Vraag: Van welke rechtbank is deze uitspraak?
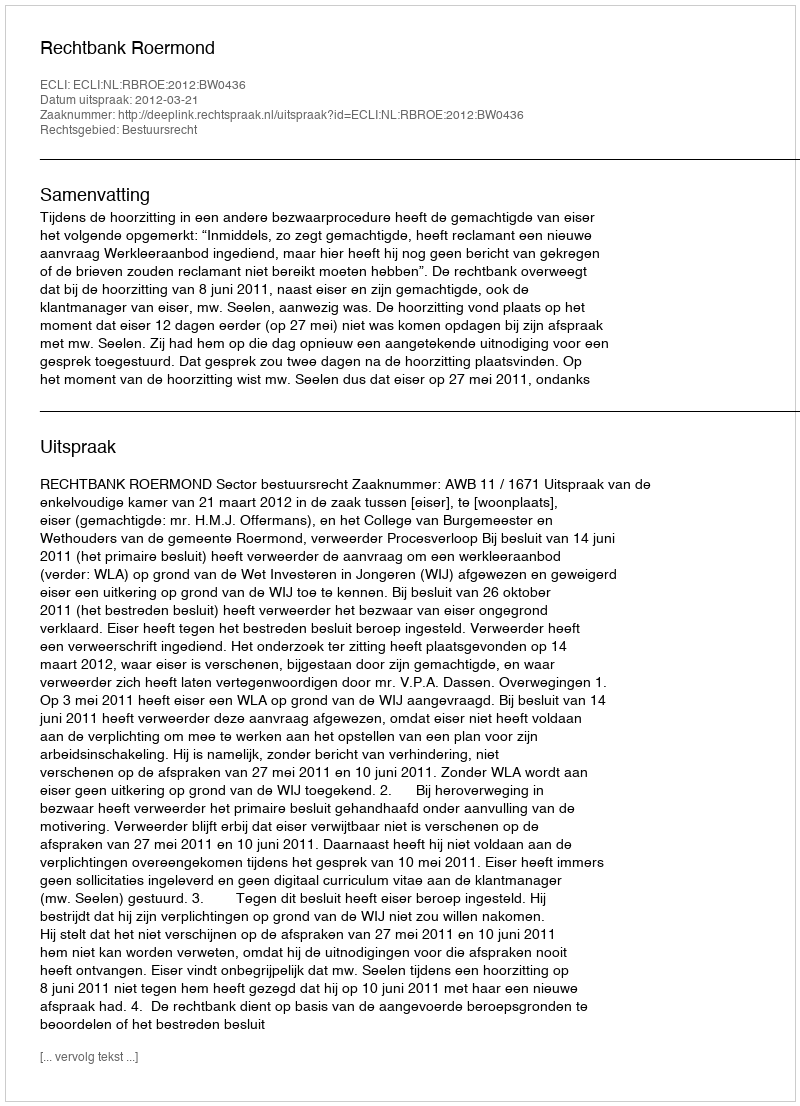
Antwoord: Rechtbank Roermond